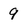
Character: 9